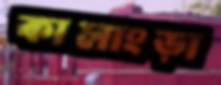
কালাংড়া